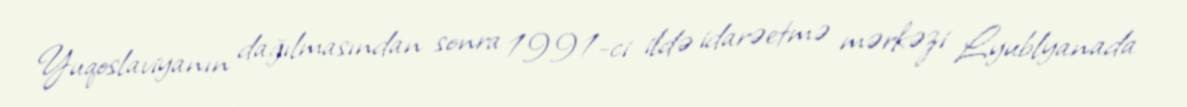
Yuqoslaviyanın dağılmasından sonra 1991-ci ildə idarəetmə mərkəzi Lyublyanada